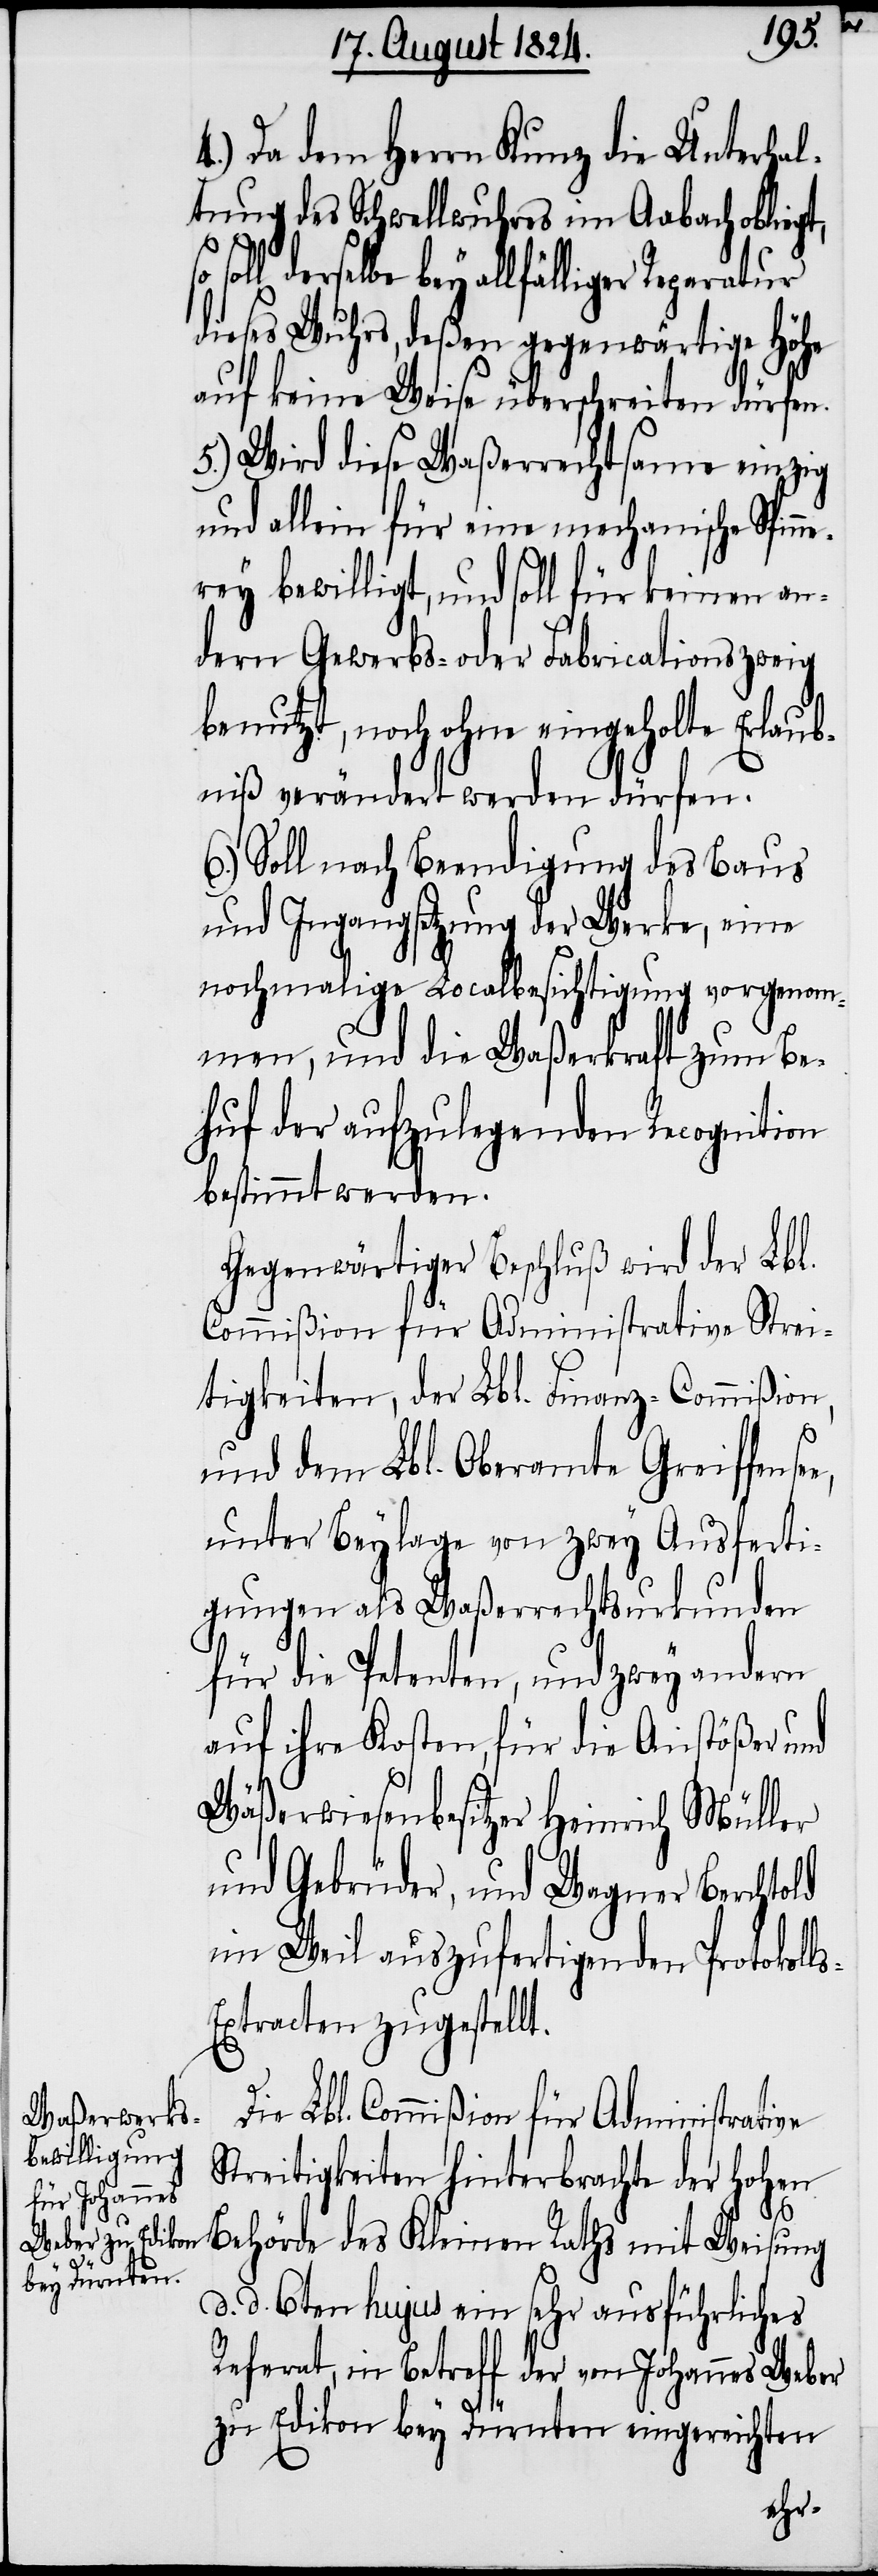
4.) Da dem Herrn Kunz die Unterhal¬
tung des Schwellwuhres im Aabach oblieg¬
derselbe bey allfälliger Reparatur
dieses Wuhrs, deßen gegenwärtige Höhe
auf keine Weise überschreiten dürfen.
5.) Wird diese Waßerrechtsame einzig
und allein für eine mechanische Spin¬
rey bewilligt, und soll für keinen an¬
dern Gewerbs- oder Fabricationszweig
benutzt, noch ohne eingehohlte Erlaub¬
niß verändert werden dürfen.
6.) Soll nach Beendigung des Baus
und Ingangsetzung der Werke, eine
nochmalige Localbesichtigung vorgenom¬
men, und die Waßerkraft zum Be¬
huf der aufzulegenden Recognition
bestimmt werden.
Gegenwärtiger Beschluß wird der Lbl.
Commißion für Administrative Strei¬
tigkeiten, der Lbl. Finanz-Commißion,
und dem Lbl. Oberamte Greiffense¬
unter Beylage von zwey Ausferti¬
gungen als Waßerrechtsurkunden
für die Petenten, und zwey andern
auf ihre Kosten, für die Anstößer und
Wäßerwiesenbesitzer Heinrich Müller
und Gebrüder, und Wagner Berchtold
im Weil auszufertigenden Protokoll¬
xtracten zugestellt.
Die Lbl. Commißion für Administrative
Streitigkeiten hinterbrachte der Hohen
Behörde des Kleinen Rathes mit Weisung
d. d. 6ten hujus ein sehr ausführliches
Referat, in Betreff der von Johannes Weber
e,
zu Edikon bey Dürnten eingereichten

s-E¬